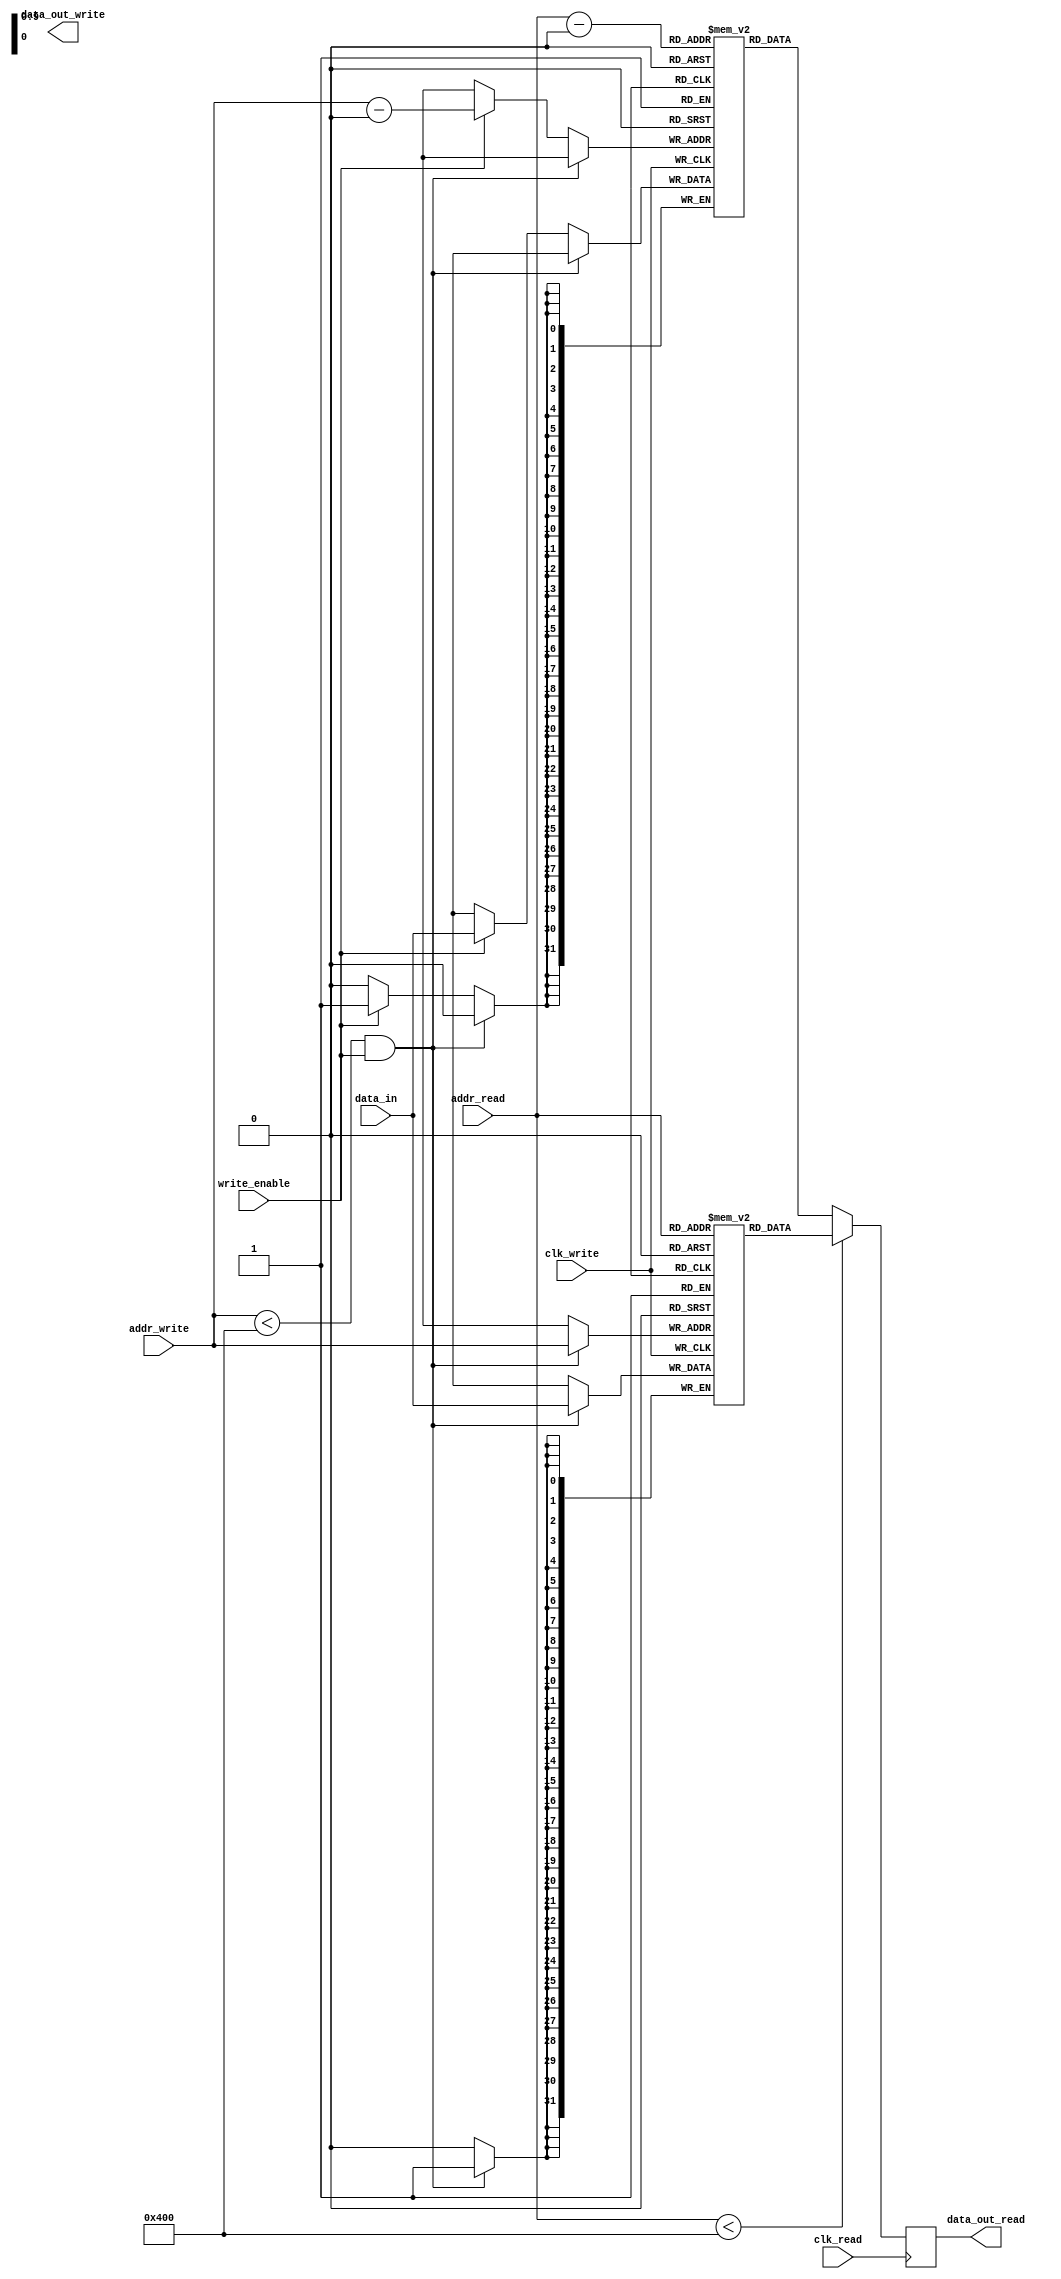
module Dual_port_RAM (
    input wire clk_read,
    input wire clk_write,
    input wire [9:0] addr_read,
    input wire [9:0] addr_write,
    input wire write_enable,
    input wire [31:0] data_in,
    output reg [31:0] data_out_read,
    output reg [31:0] data_out_write
);

reg [31:0] mem_block_0 [0:1023];
reg [31:0] mem_block_1 [0:1023];

always @(posedge clk_read) begin
    if (addr_read < 1024)
        data_out_read <= mem_block_0[addr_read];
    else
        data_out_read <= mem_block_1[addr_read - 1024];
end

always @(posedge clk_write) begin
    if (addr_write < 1024 && write_enable)
        mem_block_0[addr_write] <= data_in;
    else if (write_enable)
        mem_block_1[addr_write - 1024] <= data_in;
end

endmodule